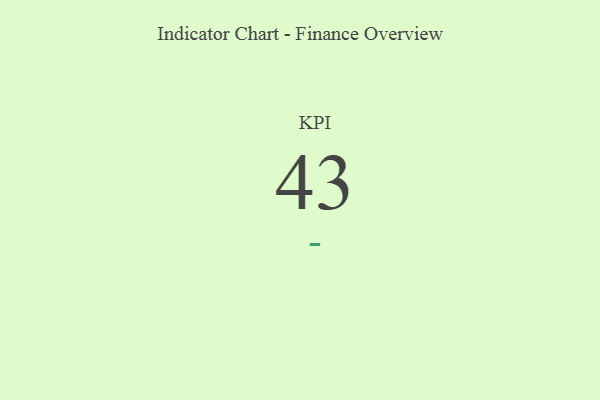
{"axis": {"x": "KPI", "y": "Value"}, "legend": [""], "data": [{"x": "KPI", "y": 43, "type": ""}]}